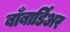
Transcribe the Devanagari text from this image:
बाँबार्डिअर